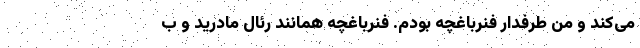
می‌کند و من طرفدار فنرباغچه بودم. فنرباغچه همانند رئال مادرید و ب